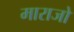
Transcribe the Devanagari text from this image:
माराजो